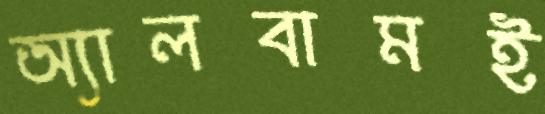
অ্যালবামই